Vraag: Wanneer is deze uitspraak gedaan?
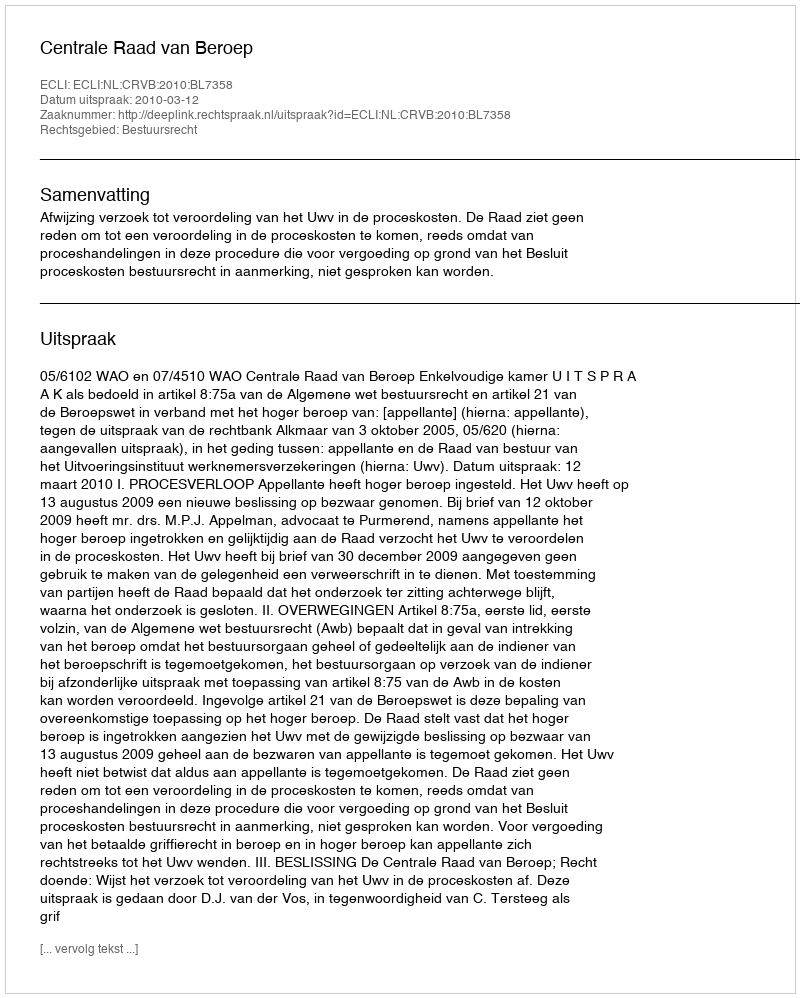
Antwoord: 2010-03-12